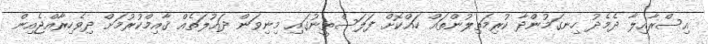
އިސްރާއިލާ ދެމެދު ހިނގަމުންދާ ކުރިމަތިލުންތައް ހައްކޮށް ފަލަސްތީނުގައި މިނިވަން ދައުލަތެއް ޤާއިމްކުރުމަށް ދިވެހިރާއްޖެއިން